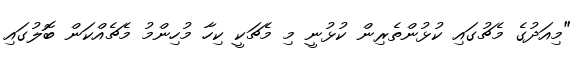
"މިއަދުގެ މެޗުގައި ކުޅުންތެރިން ކުޅުނީ މި މެޗަކީ ކިހާ މުހިންމު މެޗެއްކަން ބޮލުގައި